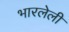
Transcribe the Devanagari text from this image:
भारलेली